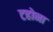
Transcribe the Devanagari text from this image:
टहोना